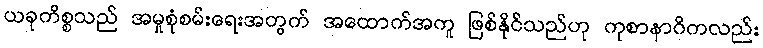
ယခုကိစ္စသည် အမှုစုံစမ်းရေးအတွက် အထောက်အကူ ဖြစ်နိုင်သည်ဟု ကုစာနာဂိကလည်း